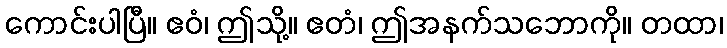
ကောင်းပါပြီ။ ဧဝံ၊ ဤသို့။ ဧတံ၊ ဤအနက်သဘောကို။ တထာ၊